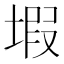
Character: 𱗙